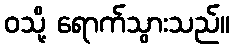
ဝသို့ ရောက်သွားသည်။